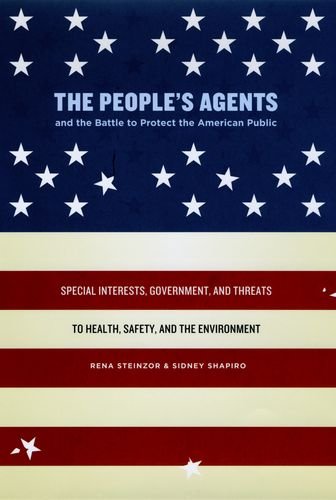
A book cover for The People's Agents and the Battle to Protect the American Public: Special Interests, Government, and Threats to Health, Safety, and the Environment; Rena Steinzor; Law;